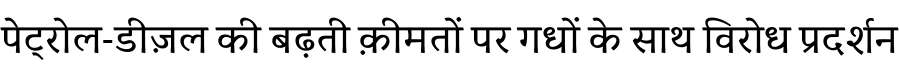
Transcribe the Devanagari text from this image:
पेट्रोल-डीज़ल की बढ़ती क़ीमतों पर गधों के साथ विरोध प्रदर्शन